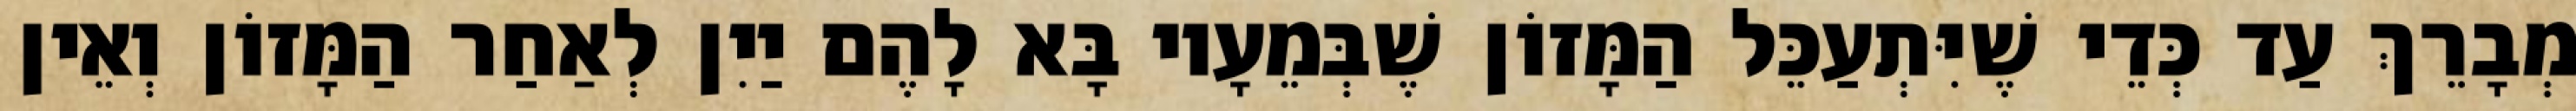
מְבָרֵךְ עַד כְּדֵי שֶׁיִּתְעַכֵּל הַמָּזוֹן שֶׁבְּמֵעָיו בָּא לָהֶם יַיִן לְאַחַר הַמָּזוֹן וְאֵין